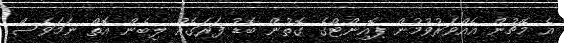
އެ މެޗުން އެއްވަރުވުމުން ޕޮއިންޓްގެ ގޮތުން ބޮޑު ފަރަގެއް ލިބެން އޮތް ނަމަވެސް